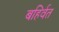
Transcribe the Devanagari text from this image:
बहिर्वत